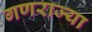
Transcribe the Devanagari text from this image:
गणराज्या